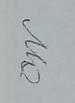
Signature authenticity: genuine